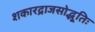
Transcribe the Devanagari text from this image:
शकारद्राजसोद्भूतिः